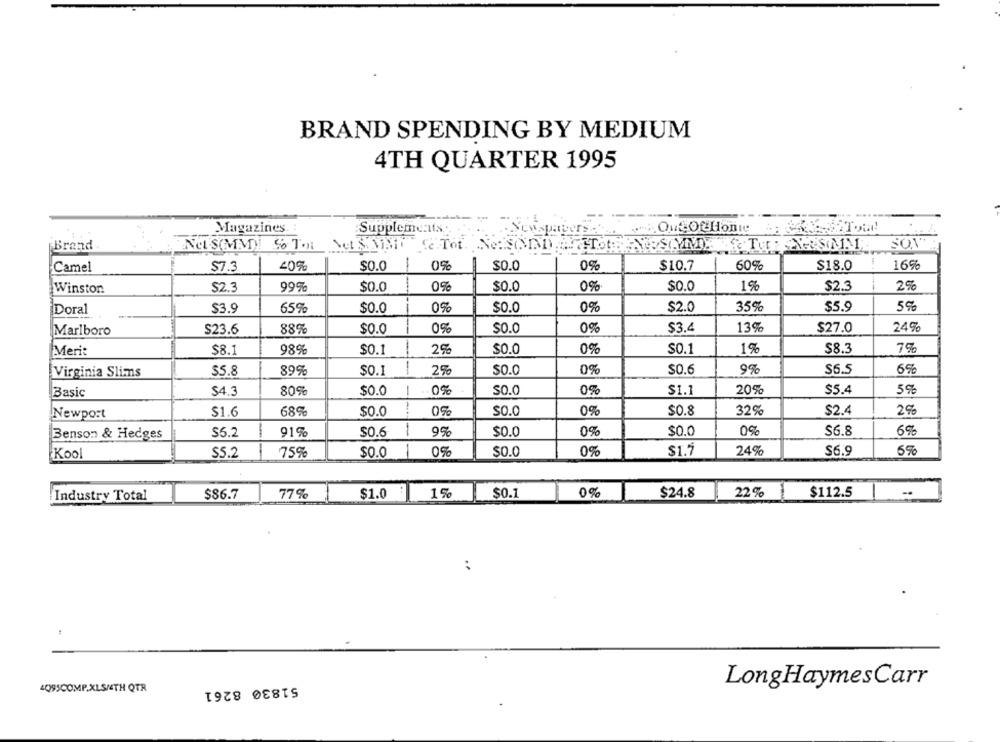
BRAND SPENDING BY MEDIUM
4TH QUARTER 1995
Magazines.
Supplements
SON
Brand
NOS(MM) STO MSMNT C TO NOSOUND THIS NESOMME
$7.3
40%
$0.0
-
0%
$0.0
0%
$10.7
60%
$18.0
16%
Camel
Winston
$2.3
99%
$0.0
0%
$0.0
0%
$0.0
1%
$2.3
2%
Doral
$3.9
65%
$0.0
0%
$0.0
0%
$2.0
35%
$5.9
5%
Marlboro
$23.6
88%
$0.0
0%
$0.0
0%
$3.4
13%
$27.0
24%
$8.1
0%
$0.1
1%
$8.3
7%
Merit
98%
$0.1
$0.0
$5.8
89%
$0.1
2%
SO.0
0%
$0.6
9%
$6.5
Virginia Slims
Basic
$4.3
80%
$0.0
0%
SO.0
0%
$1.1
20%
$5.4
5%
Newport
$1.6
689
$0.0
0%
SO.0
0%
$0.8
32%
$2.4
2%
-
0%
6%
Benson & Hedges
$5.2
91%
$0.6
9%
$0.0
0%
$0.0
$6.8
0%
$0.0
0%
$1.7
24%
$6.9
5%
Kool
S5.2
75%
$0.0
Industry Total
$86.7
77%
$1.0
1 %%
$0.1
0%
$24.8
22 %
$112.5
..
4095COMP.XLSMETH QTR
51830 8261
LongHaymesCarr